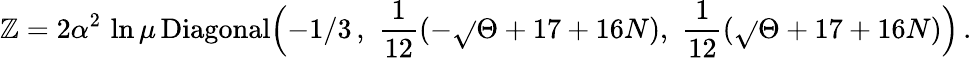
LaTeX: \mathbb{Z}=2\alpha^{2}\, \ln\mu\, \mathrm{{Diagonal}}\Bigl(-1/3\, ,\, \, \frac{{1}}{{12}}(-\sqrt{}{\Theta}+17+16N),\, \, \frac{{1}}{{12}}(\sqrt{}{\Theta}+17+16N)\Bigr)\, .